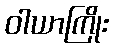
ဝါယာကြိုး